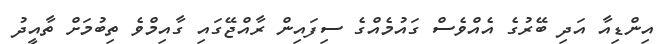
އިންޑިއާ އަދި ބޭރުގެ އެއްވެސް ގައުމެއްގެ ސިފައިން ރާއްޖޭގައި ގާއިމްވެ ތިބުމަށް ތާއީދު